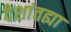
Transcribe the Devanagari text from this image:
देशांतह्या